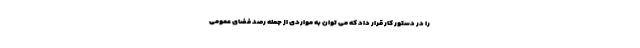
را در دستور کار قرار داد که می توان به مواردی از جمله رصد فضای عمومی